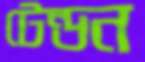
টেন্ডন